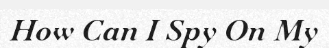
How Can I Spy On My